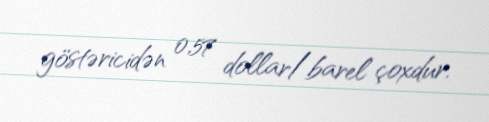
göstəricidən 0,57 dollar/barel çoxdur.